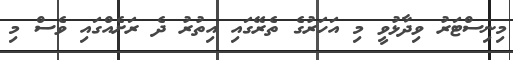
މިނިސްޓަރު ވިދާޅުވީ މި އަހަރުގެ ތެރޭގައި އިތުރު ދެ ރަށެއްގައި ވެސް މި